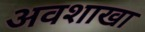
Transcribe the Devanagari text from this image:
अवशाखा